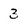
Character: 3